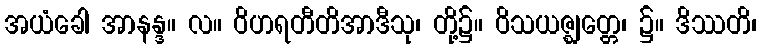
အယံခေါ အာနန္ဒ။ လ။ ဝိဟရတီတိအာဒီသု၊ တို့၌။ ဝိသယဇ္ဈတ္တေ၊ ၌။ ဒိဿတိ၊